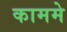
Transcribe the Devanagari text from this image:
काममे